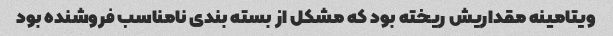
ویتامینه مقداریش ریخته بود که مشکل از بسته بندی نامناسب فروشنده بود